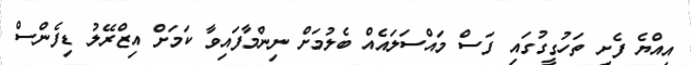
އިއްޔެ ފެށި ތަހުގީގުގައި ފަސް މައްސަލައެއް ބެލުމަށް ނިންމާފައިވާ ކަމަށް އިޒްރޭލު ޑިފެންސް